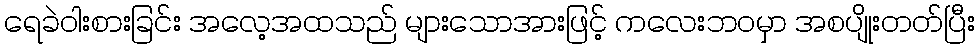
ရေခဲဝါးစားခြင်း အလေ့အထသည် များသောအားဖြင့် ကလေးဘဝမှာ အစပျိုးတတ်ပြီး